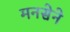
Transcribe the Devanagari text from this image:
मनसेने